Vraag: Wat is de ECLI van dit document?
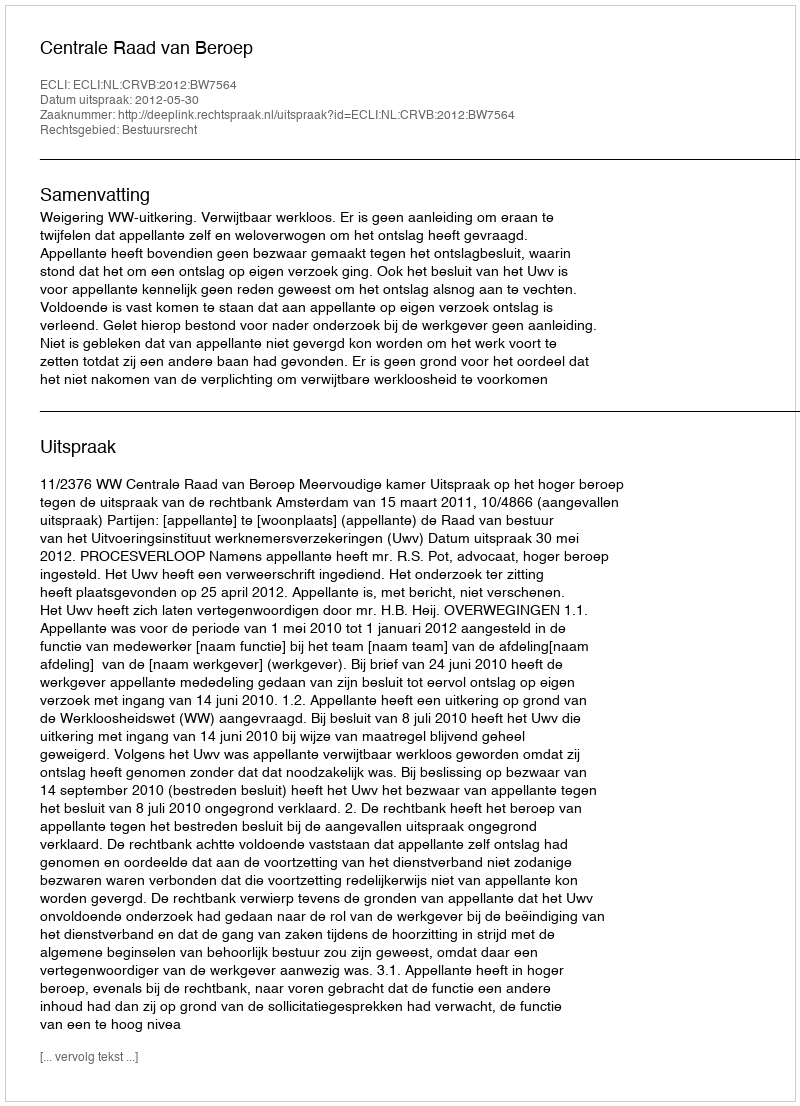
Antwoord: ECLI:NL:CRVB:2012:BW7564